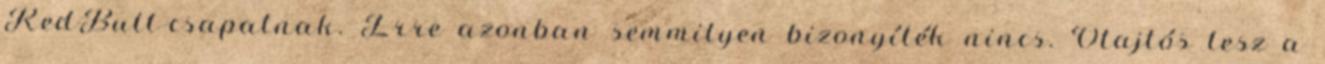
RedBull-csapatnak. Erre azonban semmilyen bizonyíték nincs. Ötajtós lesz a